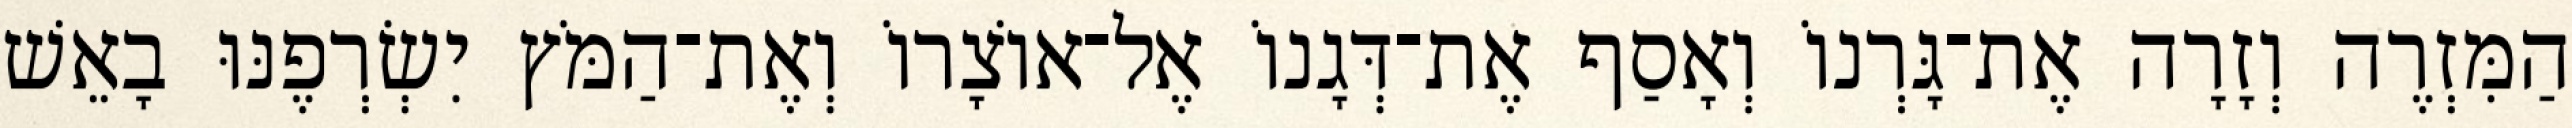
הַמִּזְרֶה וְזָרָה אֶת־גָּרְנוֹ וְאָסַף אֶת־דְּגָנוֹ אֶל־אוֹצָרוֹ וְאֶת־הַמֹּץ יִשְׂרְפֶנּוּ בָאֵשׁ